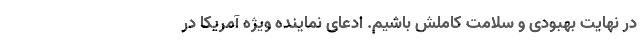
در نهایت بهبودی و سلامت کاملش باشیم. ادعای نماینده ویژه آمریکا در